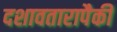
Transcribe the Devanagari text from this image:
दशावतारापैकी